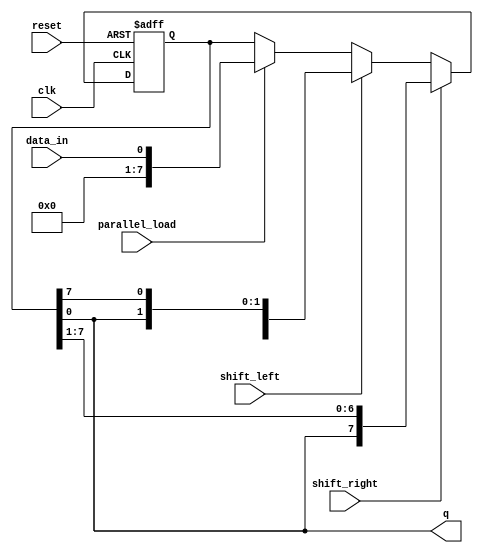
module universal_shift_register (
    input wire clk,
    input wire reset,
    input wire shift_right,
    input wire shift_left,
    input wire parallel_load,
    input wire data_in,
    output reg q
);

reg [7:0] shift_reg;

always @ (posedge clk or posedge reset) begin
    if (reset) begin
        shift_reg <= 8'b00000000;
    end else begin
        if (shift_right) begin
            shift_reg <= {shift_reg[0], shift_reg[7:1]};
        end else if (shift_left) begin
            shift_reg <= {shift_reg[6:0], shift_reg[7]};
        end else if (parallel_load) begin
            shift_reg <= data_in;
        end
    end
end

assign q = shift_reg[0];

endmodule